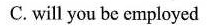
C. will you be employed